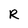
Character: R